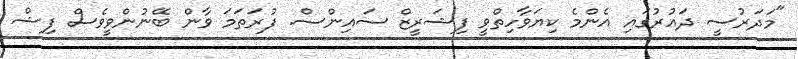
"މަދަރުސީ ދައުރުގައި އެންމެ ކިޔަވާހިތްވީ ފިޝަރީޒް ސައިންސް. ފުރަތަމަ ވާން ބޭނުންވީވެސް ފިޝް